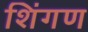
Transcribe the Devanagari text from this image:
शिंगण